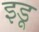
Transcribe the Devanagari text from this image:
इडू